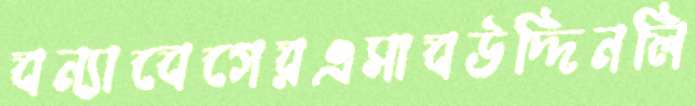
বন্যাবেগেরএসাবউদ্দিনলি